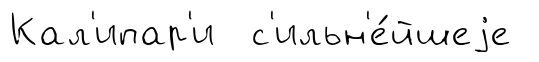
Кал'ипар'и с'ильн'е́йшеjе